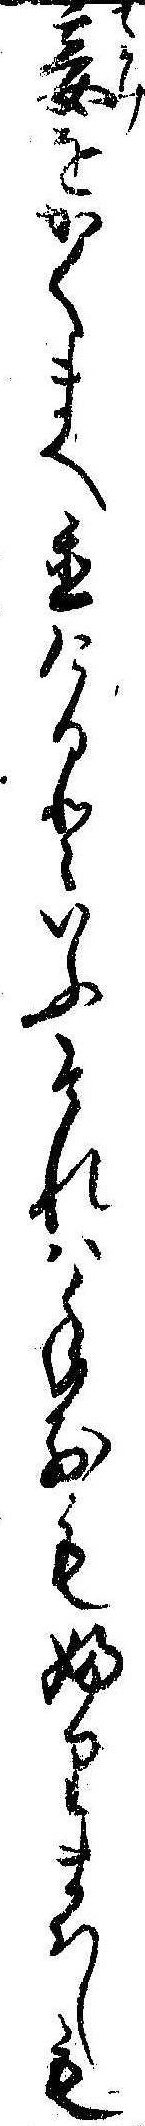
妾をかくまへ置けるといふそれは手前もふりまはしも